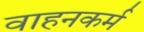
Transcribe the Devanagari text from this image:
वाहनकर्म